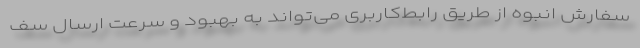
سفارش انبوه از طریق رابط‌کاربری می‌تواند به بهبود و سرعت ارسال سف